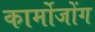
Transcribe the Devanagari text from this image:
कार्मोजोंग